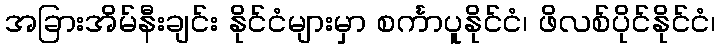
အခြားအိမ်နီးချင်း နိုင်ငံများမှာ စင်္ကာပူနိုင်ငံ၊ ဖိလစ်ပိုင်နိုင်ငံ၊